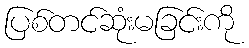
ပြစ်တင်ဆုံးမခြင်းကို